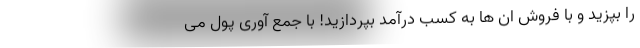
را بپزید و با فروش ان ها به کسب درآمد بپردازید! با جمع آوری پول می